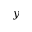
y